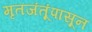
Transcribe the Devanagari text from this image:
मृतजंतूंपासून